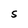
Character: S